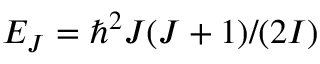
E _ { J } = \hbar ^ { 2 } J ( J + 1 ) / ( 2 I )